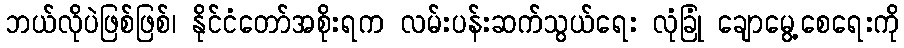
ဘယ်လိုပဲဖြစ်ဖြစ်၊ နိုင်ငံတော်အစိုးရက လမ်းပန်းဆက်သွယ်ရေး လုံခြုံ ချောမွေ့စေရေးကို